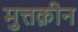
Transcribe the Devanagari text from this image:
मुत्तक़ीन